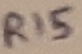
Text: R15